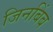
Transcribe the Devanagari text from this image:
जिनबिंब